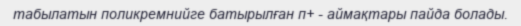
табылатын поликремнийге батырылған п+ - аймақтары пайда болады.